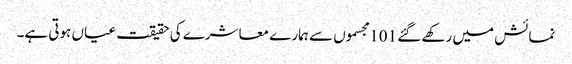
نمائش میں رکھے گئے 101 مجسموں سے ہمارے معاشرے کی حقیقت عیاں ہوتی ہے۔